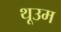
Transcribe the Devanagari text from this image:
थूउम